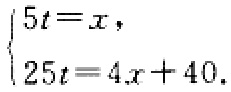
$\begin{cases}5t = x,\\25t = 4x + 40.\end{cases}$